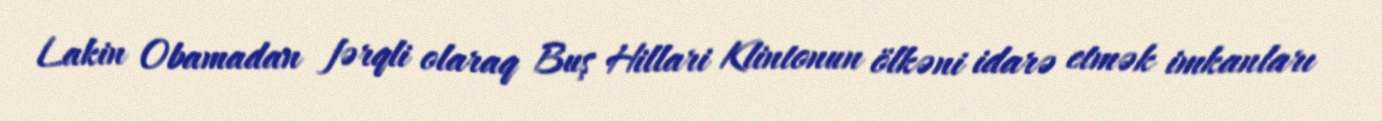
Lakin Obamadan fərqli olaraq Buş Hillari Klintonun ölkəni idarə etmək imkanları